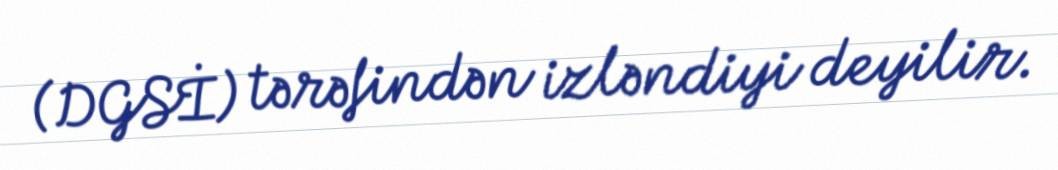
(DGSİ) tərəfindən izləndiyi deyilir.